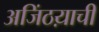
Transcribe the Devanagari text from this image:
अजिंठय़ाची